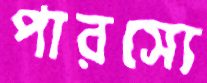
পারস্যে